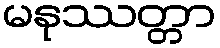
မနုဿတ္တာ